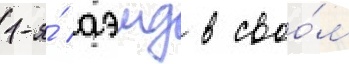
1-я́ аэмд в своо́м